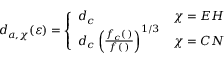
d _ { a , \chi } ( \varepsilon ) = \left\{ \begin{array} { l l } { d _ { c } } & { \chi = E H } \\ { d _ { c } \left( \frac { f _ { c } ( \mathbf { \varepsilon ) } } { f ( \mathbf { \varepsilon ) } } \right) ^ { 1 / 3 } } & { \chi = C N } \end{array} \right.